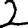
Digit: 2